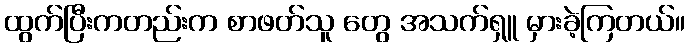
ထွက်ပြီးကတည်းက စာဖတ်သူ တွေ အသက်ရှူ မှားခဲ့ကြတယ်။